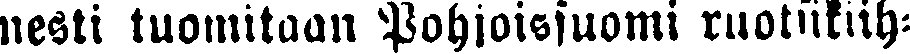
nesti tuomitaan Pohjoissuomi ruotsikiih-